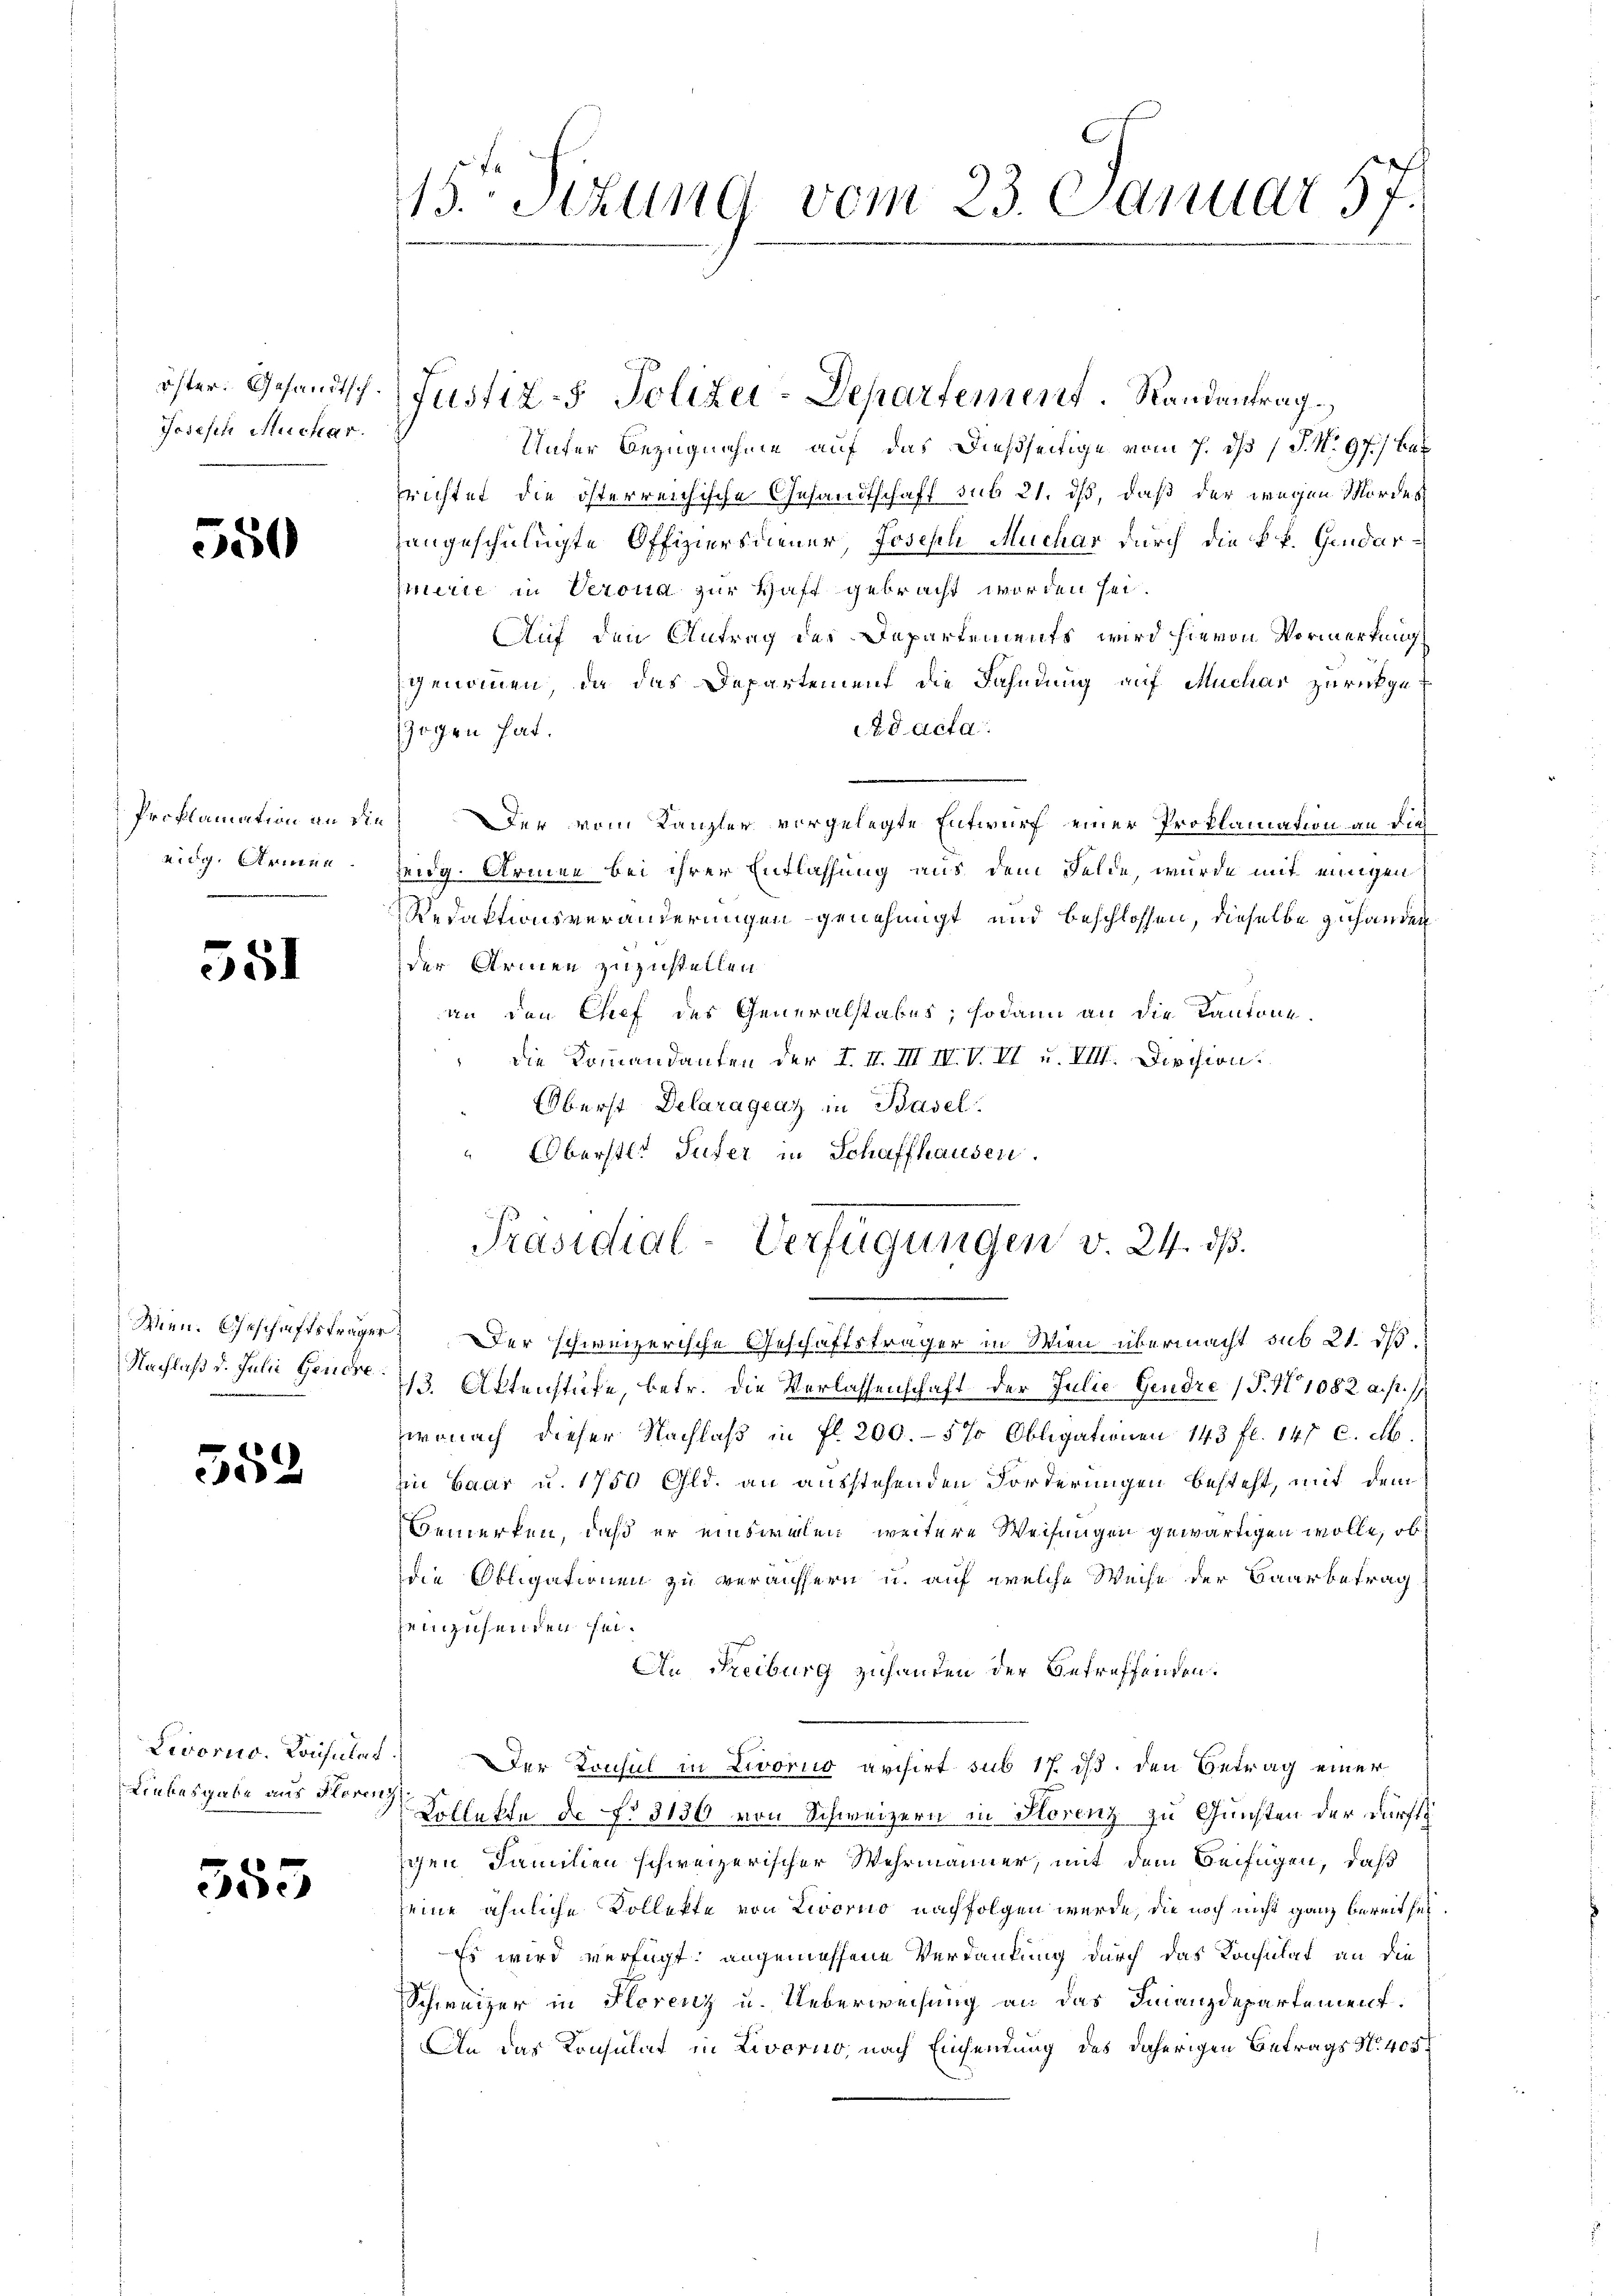
öster. Gesandtsch.
Jodesen Mechar.

550

Proklamation an die
nidg. Armen.

551

Nachlaß d. Julii Genere

352

Livorno. Consulat
Liebesgabe aus Florenz

355

15. Sitzung vom 23. Januar 57.

Unter Bezugnahme auf das dießseitige vom 7. ds (T. N. 97) bes
srichtet, die österreichische Gesandtschafft sub 21. ds, daß der wegen Mordes
zangeschulügte Offiziersdiener, Joseph Muchar durch die kk. Gendar¬
Emerie in Verona zur Haft gebracht worden sei.
Auf den Antrag der Departements wird hievon Vormerkung
genommen, da das Departement die Fahndung auf Muchar zurückged acta
zogen hat.
Der vom Kanzler vorgelegte Entwurf einer Proklamation an die
Zeidg. Armee bei ihrer Entlassung aus dem Felde, wurde mit einigen
Redaktionsveränderungen genehmigt und beschlossen, dieselbe zuhanden
der Armen zuzustellen.
an den Chef des Generalstabes; sodann an die Kantone.
die Kommandanten der I. II. III IV. V. II u. VIII. Division.
Oberst Delaragenz in Basel.
" Oberstl. Tufer in Schaffhausen.
Wien. Geschäftsträger. Der schweizerische Geschäftsträger in Wien übermacht sub 21. ds.
713. Aktenstufe, betr. die Verlassenschaft der Julie-Gendre (T. N 1082 a. p. s
wonach dieser Nachlaß in fl. 200.- 5% Obligationen 143 fl. 147 C. M.
in baar u. 1750 Gld. an ausstehenden Forderungen besteht, mit dem
Bemerken, daß er einsweilen, weitere Weisungen gewärtigen wolle, ob
ie Obligationen zu veräussern u. auf welche Weise der Baarbetrag
zeinzusenden sei.
An Freiburg zuhanden der betreffenden.
Der Konsul in Livorno archirt sub 17. ds. den Betrag einer
Kollekte de No 5136 von Schweizern in Horenz zu Gunsten der dürfte
schen Familien schweizerischer Wehrmänner, mit dem Beifügen, daß
seine ähnliche Kollekte von Livorno nachfolgen werde, die noch nicht ganz bereit sei
Es wird verfügt: angemessene Verdankung durch das Konsulat an die
Schweizer in Florenz u. Ueberweisung an das Finanzdepartement.
An das Konsulat in Livorno, nach Einsendung des daherigen Betrags N. 405.

Justiz- Polizei-Departement. Randantrag

Präsidial-Verfügungen v. 24. dß.